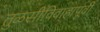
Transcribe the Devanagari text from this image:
तुळसीविवाहापूर्वी